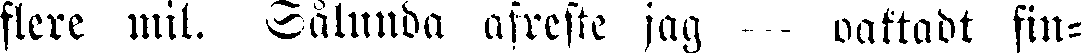
flere mil. Sålunda afreste jag oaktadt fin-